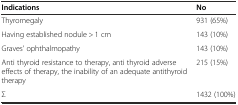
<table><thead><tr><td><b>Indications</b></td><td><b>No</b></td></tr></thead><tbody><tr><td>Thyromegaly</td><td>931 (65%)</td></tr><tr><td>Having established nodule &gt; 1 cm</td><td>143 (10%)</td></tr><tr><td>Graves’ ophthalmopathy</td><td>143 (10%)</td></tr><tr><td>Anti thyroid resistance to therapy, anti thyroid adverse effects of therapy, the inability of an adequate antithyroid therapy</td><td>215 (15%)</td></tr><tr><td>Σ</td><td>1432 (100%)</td></tr></tbody></table>